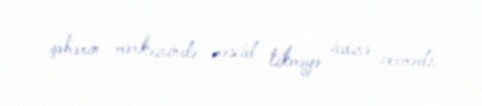
şəhərin mərkəzində məscid tikməyə icazə vermədi.